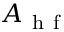
A _ { \mathrm { ~ h ~ f ~ } }